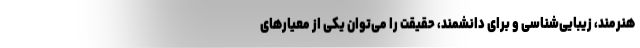
هنرمند، زیبایی‌شناسی و برای دانشمند، حقیقت را می‌توان یکی از معیارهای